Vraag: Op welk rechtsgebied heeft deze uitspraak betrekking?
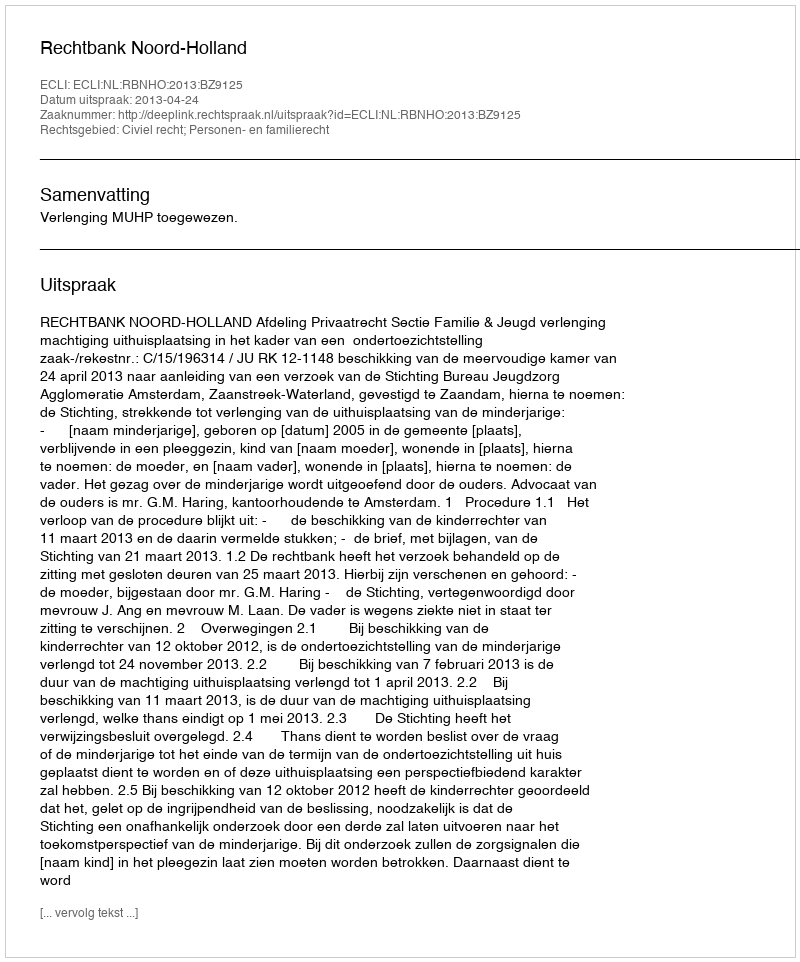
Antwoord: Civiel recht; Personen- en familierecht